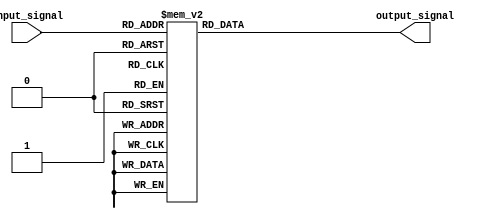
module GenerateFunction (
    input  [3:0] input_signal,
    output reg output_signal
);

always @* begin
    case(input_signal)
        4'b0000: output_signal = 1'b1;
        4'b0001: output_signal = 1'b0;
        4'b0010: output_signal = 1'b1;
        4'b0011: output_signal = 1'b0;
        4'b0100: output_signal = 1'b1;
        4'b0101: output_signal = 1'b0;
        4'b0110: output_signal = 1'b1;
        4'b0111: output_signal = 1'b0;
        4'b1000: output_signal = 1'b1;
        4'b1001: output_signal = 1'b0;
        4'b1010: output_signal = 1'b1;
        4'b1011: output_signal = 1'b0;
        4'b1100: output_signal = 1'b1;
        4'b1101: output_signal = 1'b0;
        4'b1110: output_signal = 1'b1;
        4'b1111: output_signal = 1'b0;
        default: output_signal = 1'b0;
    endcase
end

endmodule